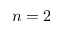
n = 2